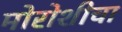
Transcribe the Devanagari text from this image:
मोरोशीचा